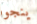
ينجوا